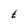
Character: t